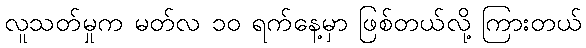
လူသတ်မှုက မတ်လ ၁၀ ရက်နေ့မှာ ဖြစ်တယ်လို့ ကြားတယ်